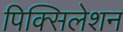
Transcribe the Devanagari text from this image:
पिक्सिलेशन